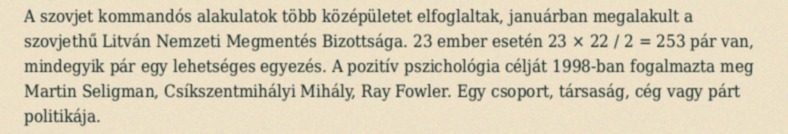
A szovjet kommandós alakulatok több középületet elfoglaltak, januárban megalakult a szovjethű Litván Nemzeti Megmentés Bizottsága. 23 ember esetén 23 × 22 / 2 = 253 pár van, mindegyik pár egy lehetséges egyezés. A pozitív pszichológia célját 1998-ban fogalmazta meg Martin Seligman, Csíkszentmihályi Mihály, Ray Fowler. Egy csoport, társaság, cég vagy párt politikája.